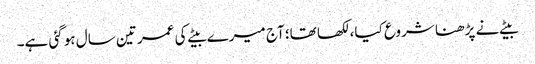
بیٹے نے پڑھنا شروع کیا، لکھا تھا؛ آج میرے بیٹے کی عمر تین سال ہو گئی ہے۔